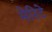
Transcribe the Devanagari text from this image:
मेरिटे